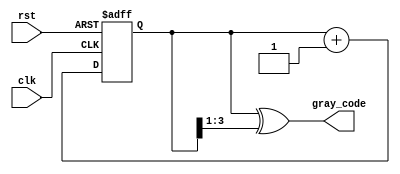
module gray_code_counter #(
    parameter N = 4  // Number of bits for the counter
)(
    input wire clk,   // Clock signal
    input wire rst,   // Asynchronous reset signal
    output reg [N-1:0] gray_code // Output in Gray code format
);

// Internal binary counter
reg [N-1:0] binary_count;

// Binary to Gray code conversion
function [N-1:0] binary_to_gray;
    input [N-1:0] binary;
    begin
        binary_to_gray = binary ^ (binary >> 1);
    end
endfunction

// Asynchronous reset and counting logic
always @(posedge clk or posedge rst) begin
    if (rst) begin
        binary_count <= 0; // Reset binary count to 0
    end else begin
        binary_count <= binary_count + 1; // Increment binary count
    end
end

// Update Gray code output
always @(binary_count) begin
    gray_code <= binary_to_gray(binary_count); // Convert binary to Gray code
end

endmodule